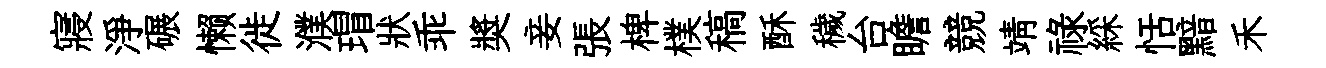
寢淨碾懒徙濮瑁狀乖奬妾張椑樸稿酥穢台瞻競靖祿綵恬黯禾